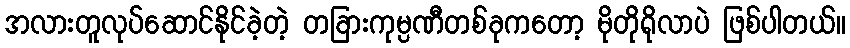
အလားတူလုပ်ဆောင်နိုင်ခဲ့တဲ့ တခြားကုမ္ပဏီတစ်ခုကတော့ မိုတိုရိုလာပဲ ဖြစ်ပါတယ်။